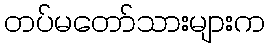
တပ်မတော်သားများက